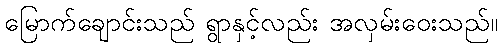
မြောက်ချောင်းသည် ရွာနှင့်လည်း အလှမ်းဝေးသည်။